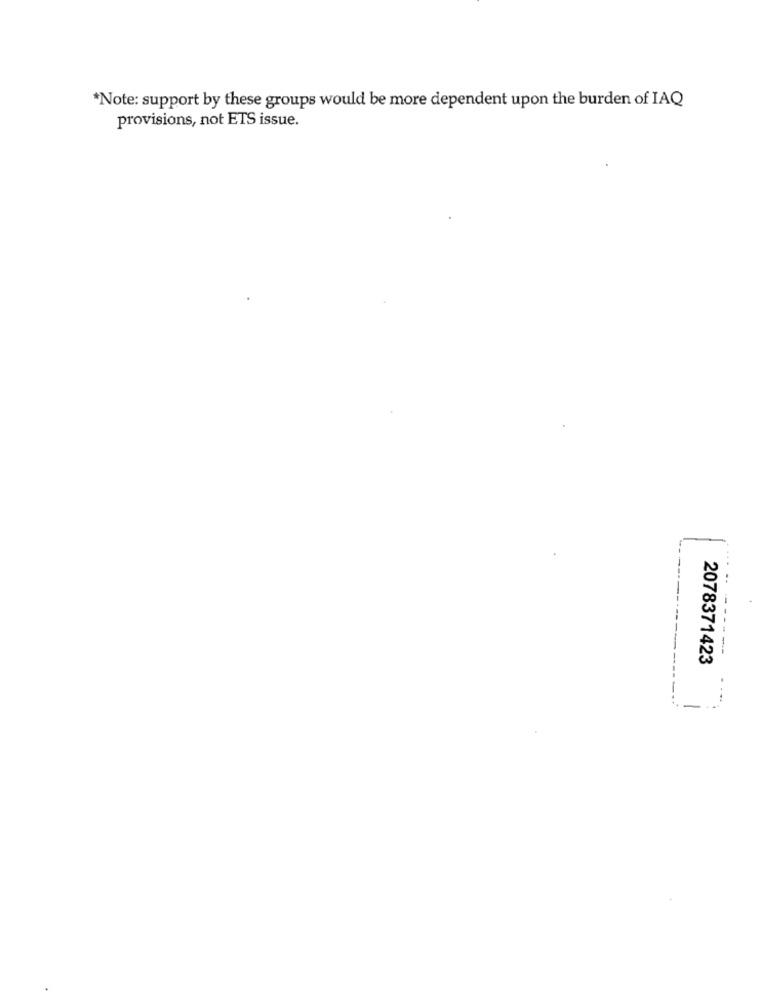
*Note: support by these groups would be more dependent upon the burden of IAQ
provisions, not ETS issue.
-----
2078371423